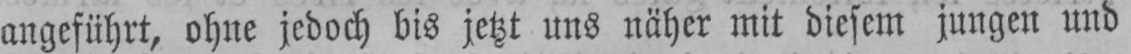
angeführt, ohne jedoch bis jetzt uns näher mit diesem jungen und